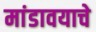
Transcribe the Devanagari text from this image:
मांडावयाचे